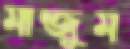
মান্জুম